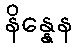
နိန္နေန